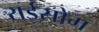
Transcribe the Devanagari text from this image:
राईसोम